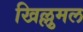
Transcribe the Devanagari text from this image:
खिल्लुमल